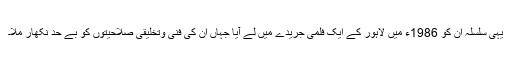
یہی سلسلہ اُن کو 1986ء میں لاہور کے ایک فلمی جریدے میں لے آیا جہاں اُن کی فنی وتخلیقی صلاحیتوں کو بے حد نکھار ملا۔